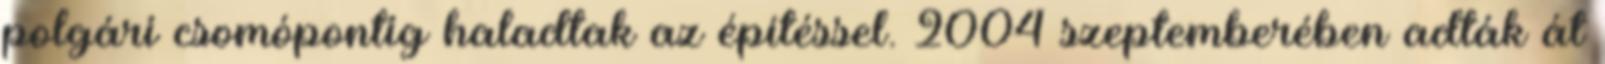
polgári csomópontig haladtak az építéssel. 2004 szeptemberében adták át